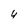
Character: 4